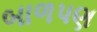
બાળપણ